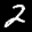
Label: 2